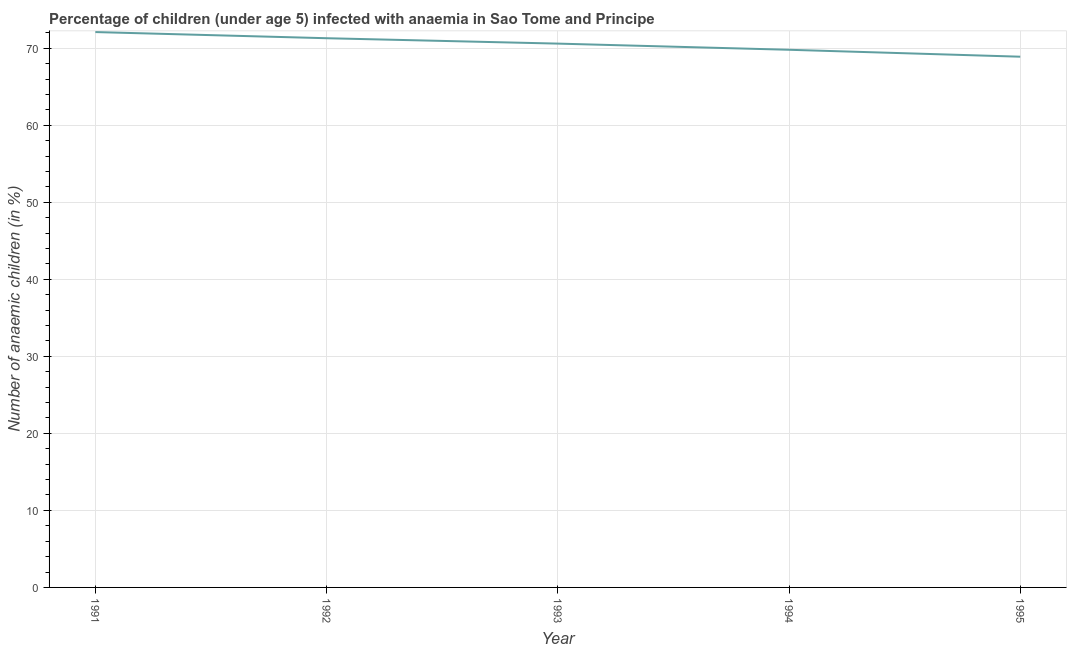
| Year | Prevalence of anemia among children |
 | --- | --- |
 | 1991 | 72.1 |
 | 1992 | 71.3 |
 | 1993 | 70.6 |
 | 1994 | 69.8 |
 | 1995 | 68.9 |